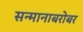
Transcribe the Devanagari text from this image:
सन्मानाबरोबर